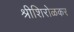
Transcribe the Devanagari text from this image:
श्रीशिरोळकर